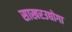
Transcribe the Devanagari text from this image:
साखरउद्योगा